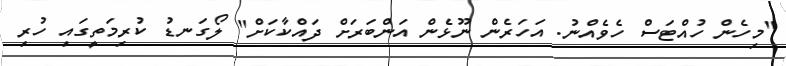
"މިހެން ހުއްޓަސް ހެވެއްނު. އަހަރެން ނޫޅެން އަންބަރަށް ދައްކާކަށް" ލޯގަނޑު ކުރިމަތީގައި ހުރި